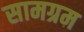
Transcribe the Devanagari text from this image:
सामग्रम